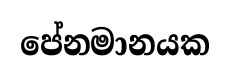
පේනමානයක